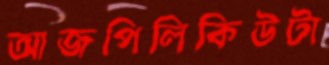
আজপিলিকিউটা